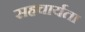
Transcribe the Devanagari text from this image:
सहचार्यता